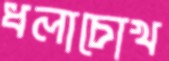
ধলাচোখ